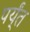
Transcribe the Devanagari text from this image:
पर्य्ंत